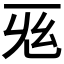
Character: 𢆺